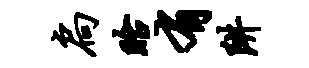
扃眙有阱